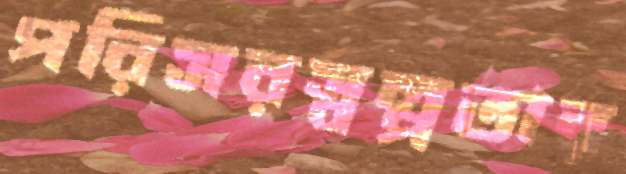
পরিসরস্বল্পতার